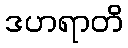
ဒဟရာတိ